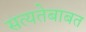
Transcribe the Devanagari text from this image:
सत्यतेबाबत